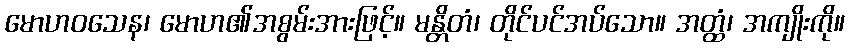
မောဟဝသေန၊ မောဟ၏အစွမ်းအားဖြင့်။ မန္တိတံ၊ တိုင်ပင်အပ်သော။ အတ္ထံ၊ အကျိုးကို။